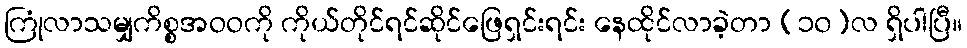
ကြုံလာသမျှကိစ္စအဝဝကို ကိုယ်တိုင်ရင်ဆိုင်ဖြေရှင်းရင်း နေထိုင်လာခဲ့တာ (၁၀)လ ရှိပါပြီ။